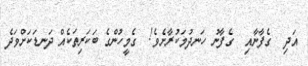
އަދި  ގެފާނާއި  ގެފާނު ހަނދުމަކުރާށެވެ!  ގެމީހުންގެ ބަކަރިތަކެއް ދަނޑަކަށްވަދެ